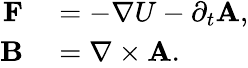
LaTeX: \begin{array}{rl}{\textbf{F}}&{{}=-\nabla U-\partial_{t}\textbf{A},}\\ {\textbf{B}}&{{}=\nabla\times\textbf{A}.}\end{array}